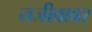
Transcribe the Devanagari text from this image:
नजीबावर